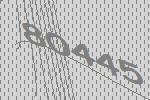
80445